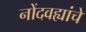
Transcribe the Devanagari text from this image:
नोंदवह्यांचे